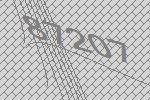
87207